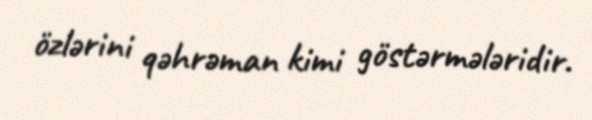
özlərini qəhrəman kimi göstərmələridir.